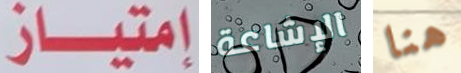
إمتياز الإشاعة هنا